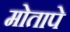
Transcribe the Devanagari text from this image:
मोतापे